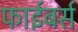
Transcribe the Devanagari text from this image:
फाईबर्स